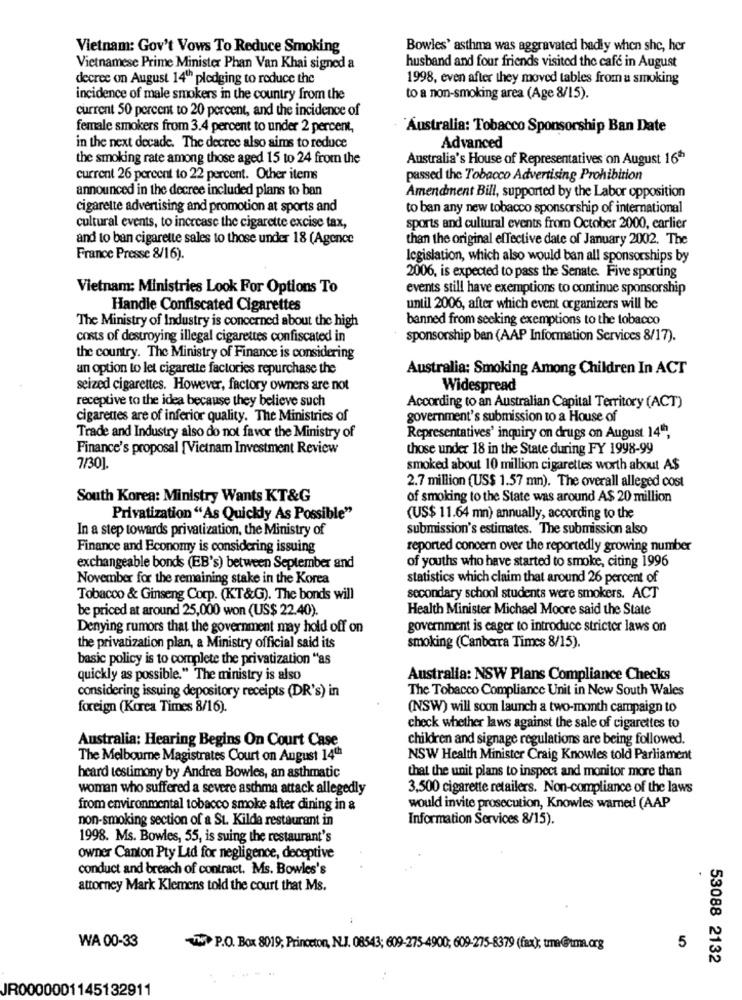
Vietnam: Gov't Vows To Reduce Smoking
Bowles' asthma was aggravated badly when she, her
husband and four friends visited the cafe in August
Vietnamese Prime Minister Phan Van Khai signed a
decree on August 14th pledging to reduce the
1998, even after they moved tables from a smoking
incidence of male smokers in the country from the
to a non-smoking area (Age 8/15).
current 50 percent to 20 percent, and the incidence of
female smokers from 3.4 percent to under 2 percent,
Australia: Tobacco Sponsorship Ban Date
in the next decade. The decree also aims to reduce
Advanced
the smoking rate among those aged 15 to 24 from the
Australia's House of Representatives on August 16ª
current 26 percent to 22 percent. Other items
passed the Tobacco Advertising Prohibition
announced in the decree included plans to ban
Amendment Bill, supported by the Labor opposition
cigarette advertising and promotion at sports and
to ban any new tobacco sponsorship of international
cultural events, to increase the cigarette excise tax,
sports and cultural events from October 2000, carlier
and to ban cigarette sales to those under 18 (Agence
than the original effective date of January 2002. The
France Presse 8/16).
legislation, which also would ban all sponsorships by
2006, is expected to pass the Senate. Five sporting
Vietnam: Ministries Look For Options To
events still have exemptions to continue sponsorship
Handle Confiscated Cigarettes
until 2006, after which event organizers will be
The Ministry of Industry is concerned about the high
banned from seeking exemptions to the tobacco
costs of destroying illegal cigarettes confiscated in
sponsorship ban (AAP Information Services 8/17).
the country. The Ministry of Finance is considering
an option to let cigarette factories repurchase the
Australia: Smoking Among Children In ACT
seized cigarettes. However, factory owners are not
Widespread
receptive to the idea because they believe such
According to an Australian Capital Territory (ACT)
cigarettes are of inferior quality. The Ministries of
government's submission to a House of
Trade and Industry also do not favor the Ministry of
Representatives' inquiry on drugs on August 14"",
Finance's proposal [Vietnam Investment Review
those under 18 in the State during FY 1998-99
7/30].
smoked about 10 million cigarettes worth about A$
2.7 million (US$ 1.57 mn). The overall alleged cost
South Korea: Ministry Wants KT&G
of smoking to the State was around A$ 20 million
Privatization "As Quickly As Possible"
(US$ 11.64 mn) annually, according to the
In a step towards privatization, the Ministry of
submission's estimates. The submission also
Finance and Economy is considering issuing
reported concern over the reportedly growing number
of youths who have started to smoke, citing 1996
exchangeable bonds (EB's) between September and
November for the remaining stake in the Korea
statistics which claim that around 26 percent of
Tobacco & Ginseng Corp. (KT&GG). The bonds will
secondary school students were smokers. ACT
be priced at around 25,000 won (US$ 22.40).
Health Minister Michael Moore said the State
Denying rumors that the government may hold off on
government is eager to introduce stricter laws on
the privatization plan, a Ministry official said its
smoking (Canberra Times 8/15).
basic policy is to complete the privatization "as
quickly as possible." The ministry is also
Australia: NSW Plans Compliance Checks
The Tobacco Compliance Unit in New South Wales
considering issuing depository receipts (DR's) in
foreign (Korea Times 8/16).
(NSW) will soon launch a two-month campaign to
check whether laws against the sale of cigarettes to
Australia: Hearing Begins On Court Case
children and signage regulations are being followed.
The Melbourne Magistrates Court on August 14th
NSW Health Minister Craig Knowles told Parliament
that the unit plans to inspect and monitor more than
heard testimony by Andrea Bowles, an asthmatic
woman who suffered a severe asthma attack allegedly
3,500 cigarette retailers. Non-compliance of the laws
from environmental tobacco smoke after dining in &
would invite prosecution, Knowles warned (AAP
non-smoking section of a St. Kilde restaurant in
Information Services 8/15).
1998. Ms. Bowles, 55, is suing the restaurant's
owner Canton Pty Ltd for negligence, deceptive
conduct and breach of contract. Ms. Bowles's
.
attorney Mark Klemens told the court that Ms.
WA 00-33
TW P.O. Box 8019; Princeton, N.J. 08543; 609-275-4900; 609-275-8379 (fax); tra@tma.org
5
53088 2132
...
JR0000001145132911